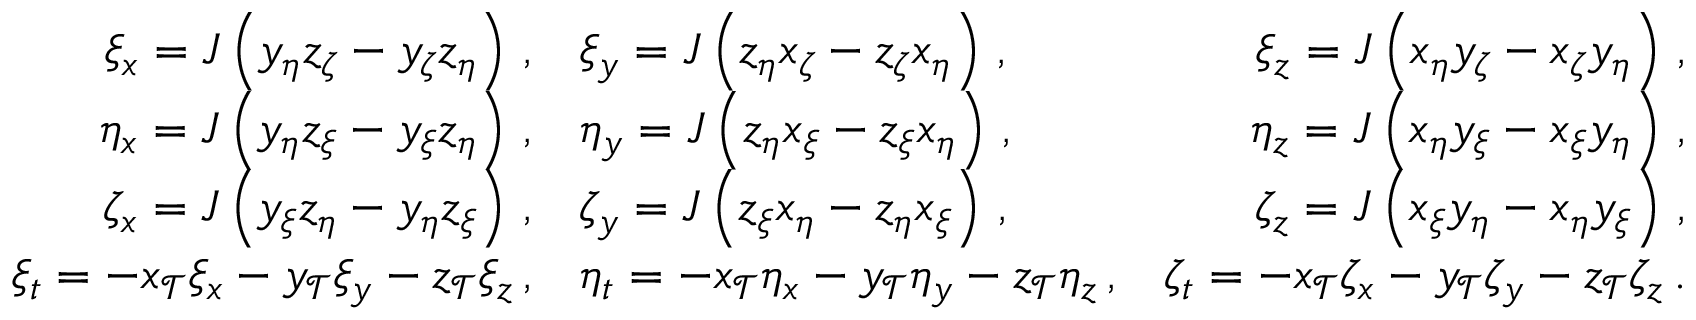
\begin{array} { r l r } { \xi _ { x } = J \left( y _ { \eta } z _ { \zeta } - y _ { \zeta } z _ { \eta } \right) \, \mathrm { , } } & { \xi _ { y } = J \left( z _ { \eta } x _ { \zeta } - z _ { \zeta } x _ { \eta } \right) \, \mathrm { , } } & { \xi _ { z } = J \left( x _ { \eta } y _ { \zeta } - x _ { \zeta } y _ { \eta } \right) \, \mathrm { , } } \\ { \eta _ { x } = J \left( y _ { \eta } z _ { \xi } - y _ { \xi } z _ { \eta } \right) \, \mathrm { , } } & { \eta _ { y } = J \left( z _ { \eta } x _ { \xi } - z _ { \xi } x _ { \eta } \right) \, \mathrm { , } } & { \eta _ { z } = J \left( x _ { \eta } y _ { \xi } - x _ { \xi } y _ { \eta } \right) \, \mathrm { , } } \\ { \zeta _ { x } = J \left( y _ { \xi } z _ { \eta } - y _ { \eta } z _ { \xi } \right) \, \mathrm { , } } & { \zeta _ { y } = J \left( z _ { \xi } x _ { \eta } - z _ { \eta } x _ { \xi } \right) \, \mathrm { , } } & { \zeta _ { z } = J \left( x _ { \xi } y _ { \eta } - x _ { \eta } y _ { \xi } \right) \, \mathrm { , } } \\ { \xi _ { t } = - x _ { \mathcal { T } } \xi _ { x } - y _ { \mathcal { T } } \xi _ { y } - z _ { \mathcal { T } } \xi _ { z } \, \mathrm { , } } & { \eta _ { t } = - x _ { \mathcal { T } } \eta _ { x } - y _ { \mathcal { T } } \eta _ { y } - z _ { \mathcal { T } } \eta _ { z } \, \mathrm { , } } & { \zeta _ { t } = - x _ { \mathcal { T } } \zeta _ { x } - y _ { \mathcal { T } } \zeta _ { y } - z _ { \mathcal { T } } \zeta _ { z } \, \mathrm { . } } \end{array}